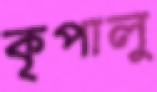
কৃপালু